Scientific memoirs by medical officers of the Army of India - Part VII,
Year: 1892
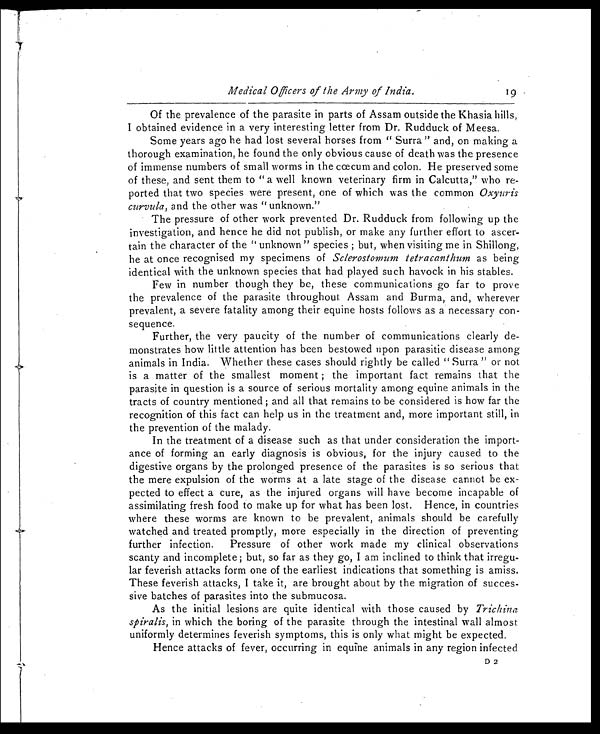
Medical Officers of the Army of India. 19
Of the prevalence of the parasite in parts of Assam outside the Khasia hills,
I obtained evidence in a very interesting letter from Dr. Rudduck of Meesa.
Some years ago he had lost several horses from " Surra " and, on making a
thorough examination, he found the only obvious cause of death was the presence
of immense numbers of small worms in the cœcum and colon. He preserved some
of these, and sent them to " a well known veterinary firm in Calcutta," who re-
ported that two species were present, one of which was the common Oxyuris
curvula, and the other was "unknown."
The pressure of other work prevented Dr. Rudduck from following up the
investigation, and hence he did not publish, or make any further effort to ascer-
tain the character of the " unknown " species ; but, when visiting me in Shillong,
he at once recognised my specimens of Sclerostomum tetracanthum as being
identical with the unknown species that had played such havock in his stables.
Few in number though they be, these communications go far to prove
the prevalence of the parasite throughout. Assam and Burma, and, wherever
prevalent, a severe fatality among their equine hosts follows as a necessary con-
sequence.
Further, the very paucity of the number of communications clearly de-
monstrates how little attention has been bestowed upon parasitic disease among
animals in India. Whether these cases should rightly be called " Surra " or not
is a matter of the smallest moment ; the important fact remains that the
parasite in question is a source of serious mortality among equine animals in the
tracts of country mentioned ; and all that remains to be considered is how far the
recognition of this fact can help us in the treatment and, more important still, in
the prevention of the malady.
In the treatment of a disease such as that under consideration the import-
ance of forming an early diagnosis is obvious, for the injury caused to the
digestive organs by the prolonged presence of the parasites is so serious that
the mere expulsion of the worms at a late stage of the disease cannot be ex-
pected to effect a cure, as the injured organs will have become incapable of
assimilating fresh food to make up for what has been lost. Hence, in countries
where these worms are known to be prevalent, animals should be carefully
watched and treated promptly, more especially in the direction of preventing
further infection. Pressure of other work made my clinical observations
scanty and incomplete ; but, so far as they go, I am inclined to think that irregu-
lar feverish attacks form one of the earliest indications that something is amiss.
These feverish attacks, I take it, are brought about by the migration of succes-
sive batches of parasites into the submucosa.
As the initial lesions are quite identical with those caused by Trichina
spiralis, in which the boring of the parasite through the intestinal wall almost
uniformly determines feverish symptoms, this is only what might be expected.
Hence attacks of fever, occurring in equine animals in any region infected
D 2